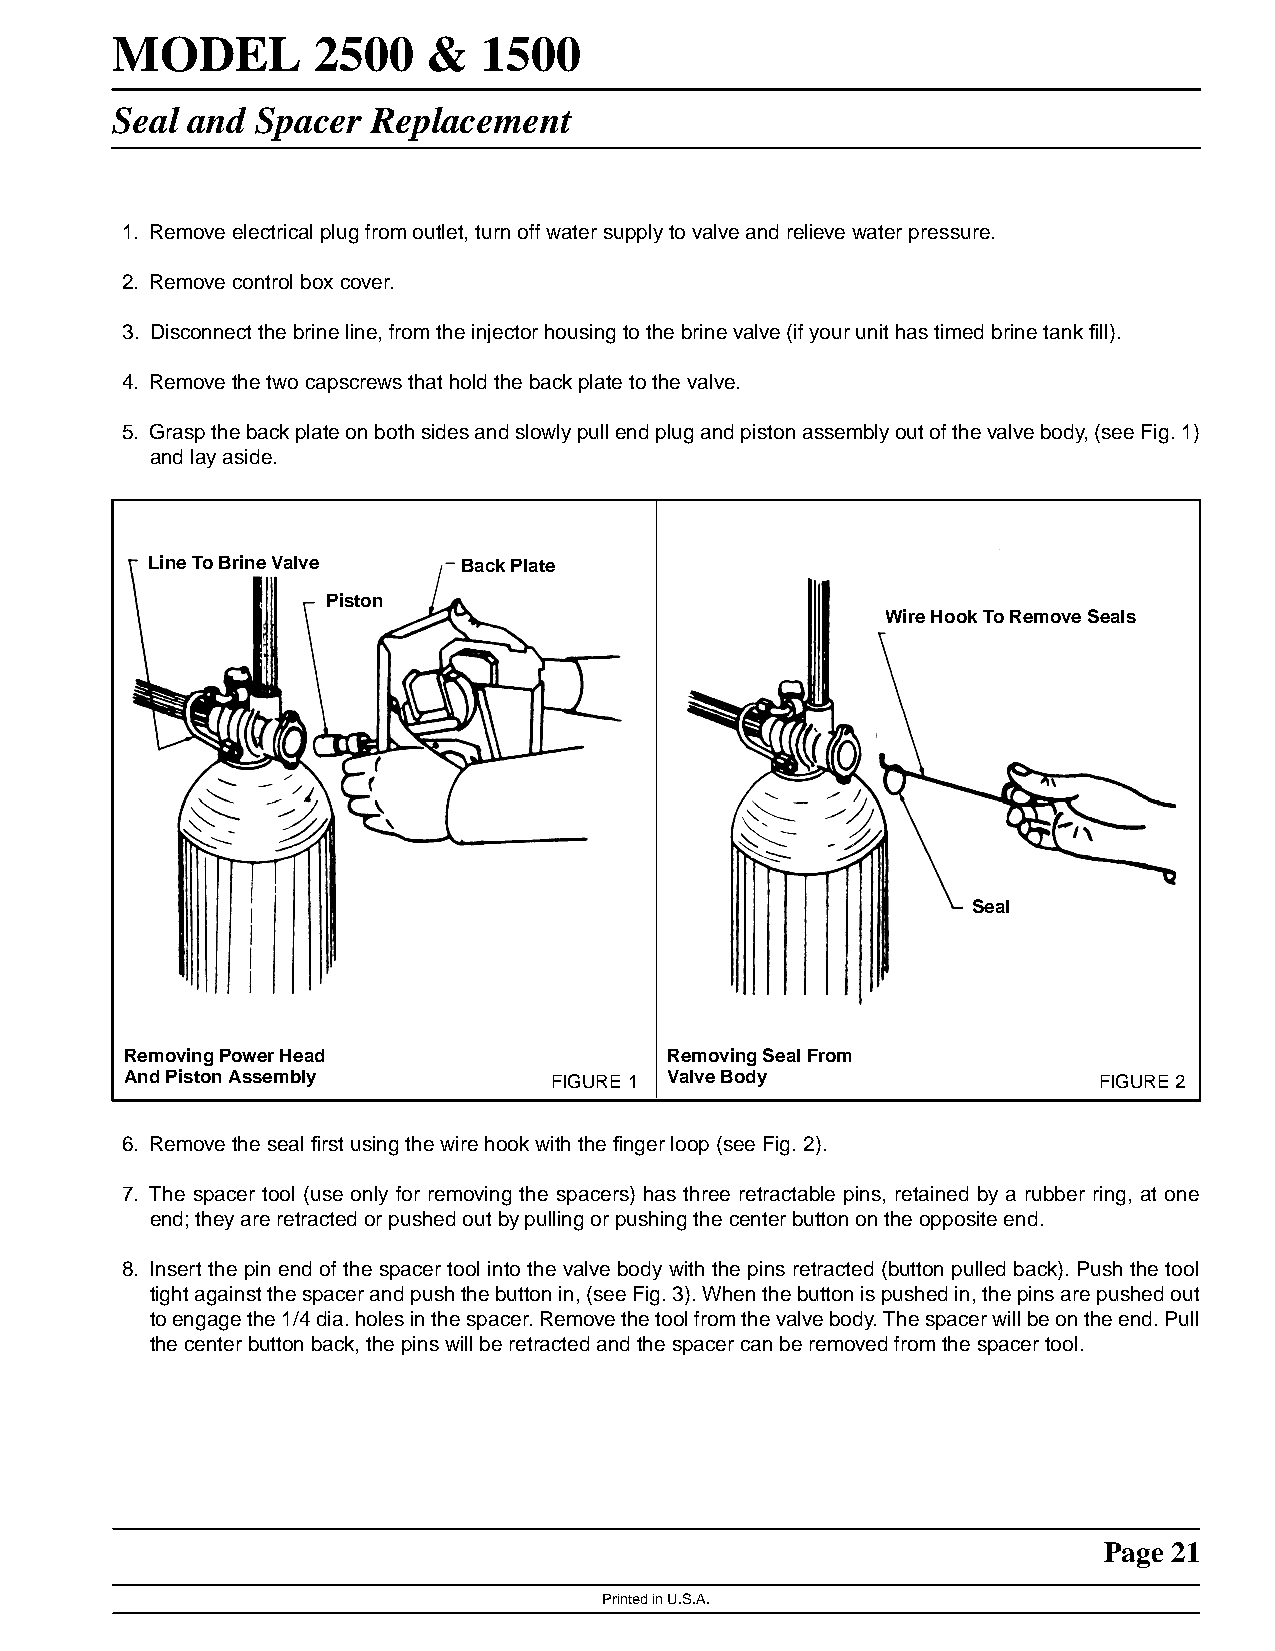
MODEL         2500   &   1500
 Seal and  Spacer  Replacement
 1. Remove electrical plug from outlet, turn off water supply to valve and relieve water pressure.
 2. Remove control box cover.
 3. Disconnect the brine line, from the injector housing to the brine valve (if your unit has timed brine tank fill).
 4. Remove the two capscrews that hold the back plate to the valve.
 5. Graspthebackplateonbothsidesandslowlypullendplugandpistonassemblyoutofthevalvebody,(seeFig.1)
 and lay aside.
 Line To Brine Valve  Back Plate
 Piston
 Wire Hook To Remove Seals
 Seal
 Removing Power Head                 Removing Seal From
 And Piston Assembly          FIGURE 1 Valve Body                 FIGURE 2
 6. Remove the seal first using the wire hook with the finger loop (see Fig. 2).
 7. The spacer tool (use only for removing the spacers) has three retractable pins, retained by a rubber ring, at one
 end; they are retracted or pushed out by pulling or pushing the center button on the opposite end.
 8. Insert the pin end of the spacer tool into the valve body with the pins retracted (button pulled back). Push the tool
 tightagainstthespacerandpushthebuttonin,(seeFig.3).Whenthebuttonispushedin,thepinsarepushedout
 toengagethe1/4dia.holesinthespacer.Removethetoolfromthevalvebody.Thespacerwillbeontheend.Pull
 the center button back, the pins will be retracted and the spacer can be removed from the spacer tool.
 Page 21
 Printed in U.S.A.